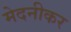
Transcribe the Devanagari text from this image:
मेदनीकर